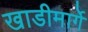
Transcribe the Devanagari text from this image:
खाडीमार्गे